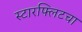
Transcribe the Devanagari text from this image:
स्टारफ्लिटचा